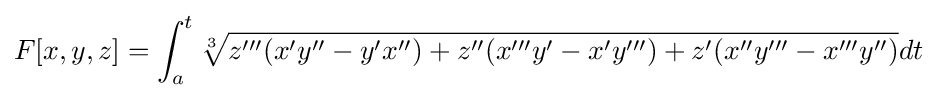
F[x,y,z]=\int _{a}^{t}{\sqrt[{3}]{z'''(x'y''-y'x'')+z''(x'''y'-x'y''')+z'(x''y'''-x'''y'')}}dt